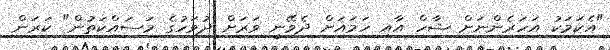
"އެކަމަކު އަހަރެންނަށް ޝާހް އާއި ހަމައަށް ދެވޭނީ ވަރަށް ދުވަހުގެ މަސައްކަތުން" ކަރަން